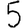
Digit: 5